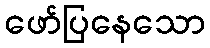
ဖော်ပြနေသော